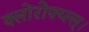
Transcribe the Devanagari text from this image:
क्लोरोफ्य्ल्ल्।